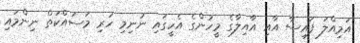
އަމިއްލަ ފައިސާ އާއި އާއިލާގެ މީހުންގެ އެހީގައި ނުނިމި ހުރި މަސައްކަތް ނިންމައި